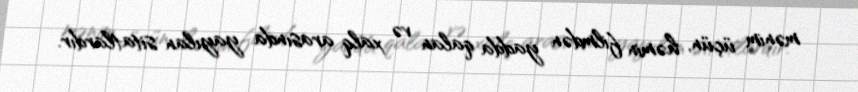
mənim üçün, həmin filmdən yadda qalan və xalq arasında yayılan sitatlardır.